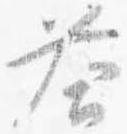
答